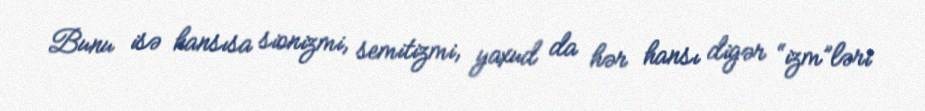
Bunu isə hansısa sionizmi, semitizmi, yaxud da hər hansı digər “izm”ləri